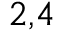
^ { 2 , 4 }